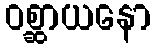
ဝစ္ဆာယနော